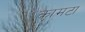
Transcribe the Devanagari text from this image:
कामटा